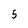
Character: 5